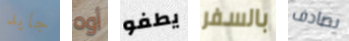
جايد أوه يطفو بالسفر يصادف